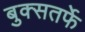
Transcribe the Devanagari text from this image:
बुक्सतर्फे